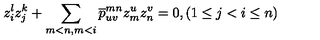
z _ { i } ^ { l } z _ { j } ^ { k } + \sum _ { m < n , m < i } \overline { { p } } _ { u v } ^ { m n } z _ { m } ^ { u } z _ { n } ^ { v } = 0 , ( 1 \leq j < i \leq n )